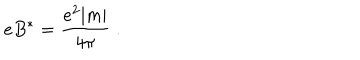
LaTeX: e B ^ { * } = \frac { e ^ { 2 } | m | } { 4 \pi } \; .